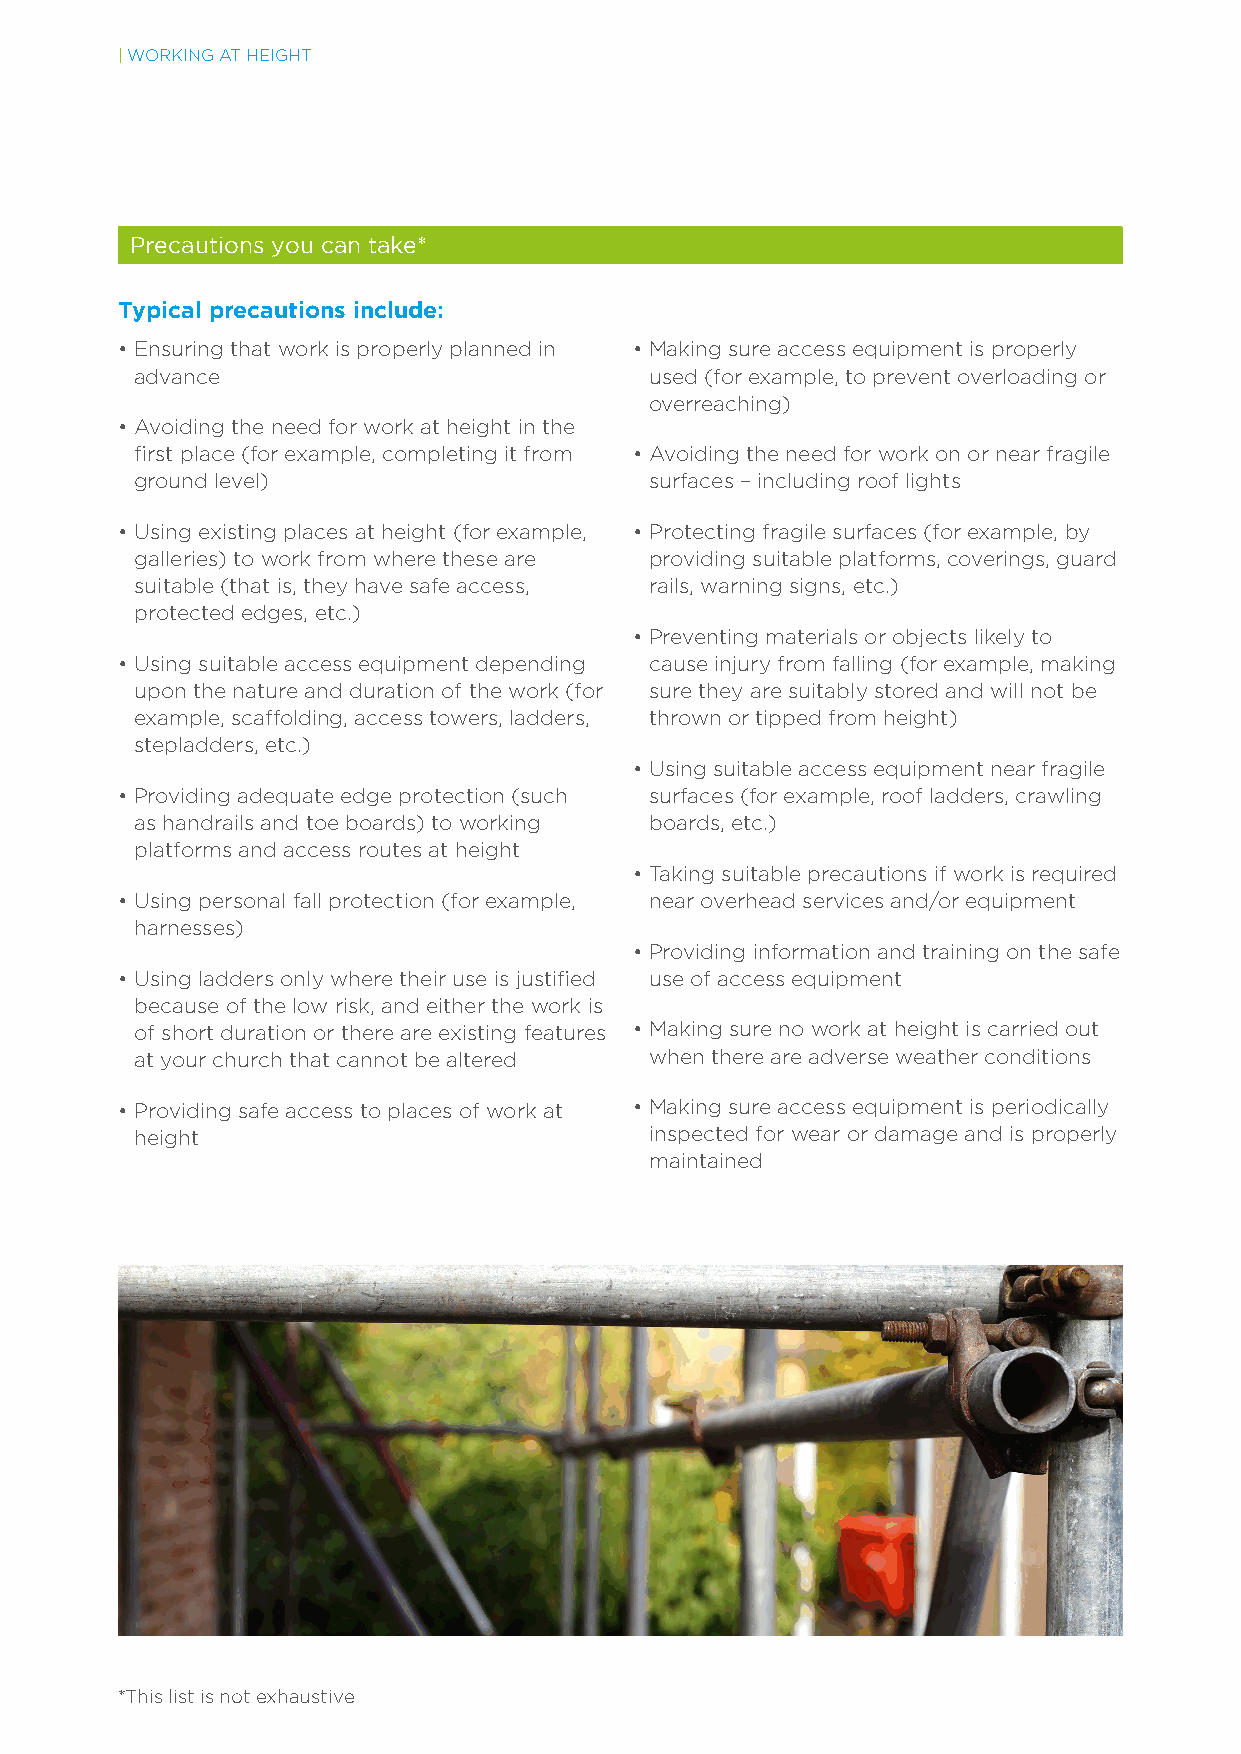
| WORKING AT HEIGHT
 Precautions you can take*
 Typical precautions include:
 • Ensuring that work is properly planned in • Making sure access equipment is properly
 advance                           used (for example, to prevent overloading or
 overreaching)
 • Avoiding the need for work at height in the
 frst place (for example, completing it from • Avoiding the need for work on or near fragile
 ground level)                     surfaces – including roof lights
 • Using existing places at height (for example, • Protecting fragile surfaces (for example, by
 galleries) to work from where these are providing suitable platforms, coverings, guard
 suitable (that is, they have safe access, rails, warning signs, etc.)
 protected edges, etc.)
 • Preventing materials or objects likely to
 • Using suitable access equipment depending cause injury from falling (for example, making
 upon the nature and duration of the work (for sure they are suitably stored and will not be
 example, scaffolding, access towers, ladders, thrown or tipped from height)
 stepladders, etc.)
 • Using suitable access equipment near fragile
 • Providing adequate edge protection (such surfaces (for example, roof ladders, crawling
 as handrails and toe boards) to working boards, etc.)
 platforms and access routes at height
 • Taking suitable precautions if work is required
 • Using personal fall protection (for example, near overhead services and/or equipment
 harnesses)
 • Providing information and training on the safe
 • Using ladders only where their use is justifed use of access equipment
 because of the low risk, and either the work is
 of short duration or there are existing features • Making sure no work at height is carried out
 at your church that cannot be altered when there are adverse weather conditions
 • Providing safe access to places of work at • Making sure access equipment is periodically
 height                            inspected for wear or damage and is properly
 maintained
 *This list is not exhaustive